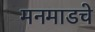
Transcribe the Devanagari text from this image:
मनमाडचे